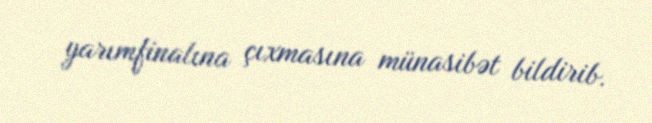
yarımfinalına çıxmasına münasibət bildirib.